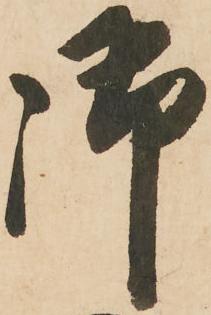
御